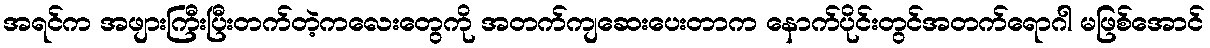
အရင်က အဖျားကြီးပြီးတက်တဲ့ကလေးတွေကို အတက်ကျဆေးပေးတာက နောက်ပိုင်းတွင်အတက်ရောဂါ မဖြစ်အောင်